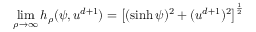
\operatorname * { l i m } _ { \rho \to \infty } h _ { \rho } ( \psi , u ^ { d + 1 } ) = \left[ ( \sinh \psi ) ^ { 2 } + ( u ^ { d + 1 } ) ^ { 2 } \right] ^ { \frac { 1 } { 2 } }